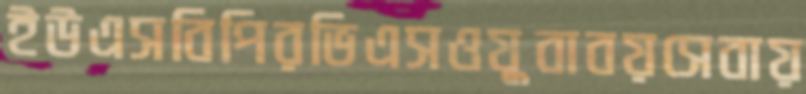
ইউএসবিপিরভিএসওযুবাবয়সেবায়